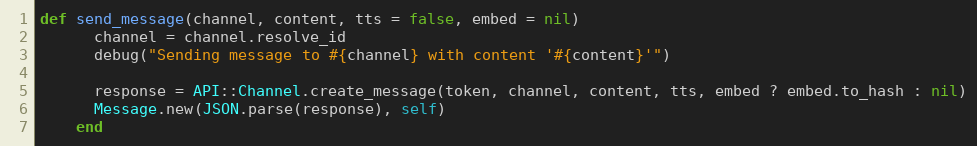
Language: Ruby
def send_message(channel, content, tts = false, embed = nil)
      channel = channel.resolve_id
      debug("Sending message to #{channel} with content '#{content}'")

      response = API::Channel.create_message(token, channel, content, tts, embed ? embed.to_hash : nil)
      Message.new(JSON.parse(response), self)
    end